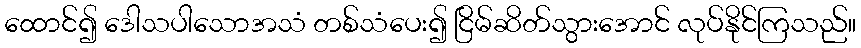
ထောင်၍ ဒေါသပါသောအသံ တစ်သံပေး၍ ငြိမ်ဆိတ်သွားအောင် လုပ်နိုင်ကြသည်။